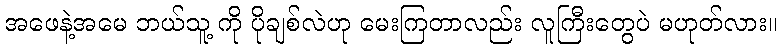
အဖေနဲ့အမေ ဘယ်သူ့ ကို ပိုချစ်လဲဟု မေးကြတာလည်း လူကြီးတွေပဲ မဟုတ်လား။